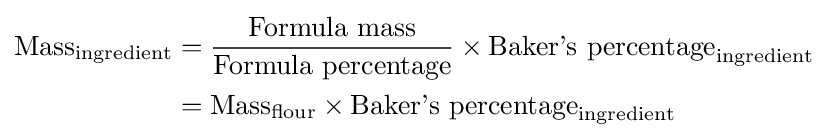
{\begin{aligned}{\text{Mass}}_{\text{ingredient}}&={\frac {\text{Formula mass}}{\text{Formula percentage}}}\times {\text{Baker's percentage}}_{\text{ingredient}}\\&={\text{Mass}}_{\text{flour}}\times {\text{Baker's percentage}}_{\text{ingredient}}\end{aligned}}